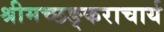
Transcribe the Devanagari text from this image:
श्रीमच्छङ्कराचार्य